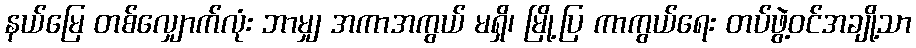
နယ်မြေ တစ်လျှောက်လုံး ဘာမျှ အကာအကွယ် မရှိ၊ မြို့ပြ ကာကွယ်ရေး တပ်ဖွဲ့ဝင်အချို့သာ